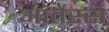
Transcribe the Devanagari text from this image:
आर्तेस्स